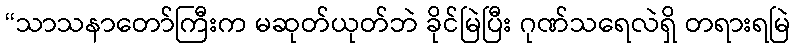
“သာသနာတော်ကြီးက မဆုတ်ယုတ်ဘဲ ခိုင်မြဲပြီး ဂုဏ်သရေလဲရှိ တရားရမြဲ